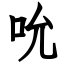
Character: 吮